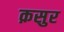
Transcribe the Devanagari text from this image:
क़सुर